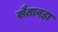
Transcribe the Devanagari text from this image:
सैतावडा